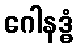
ဂေါနဒ္ဓံ